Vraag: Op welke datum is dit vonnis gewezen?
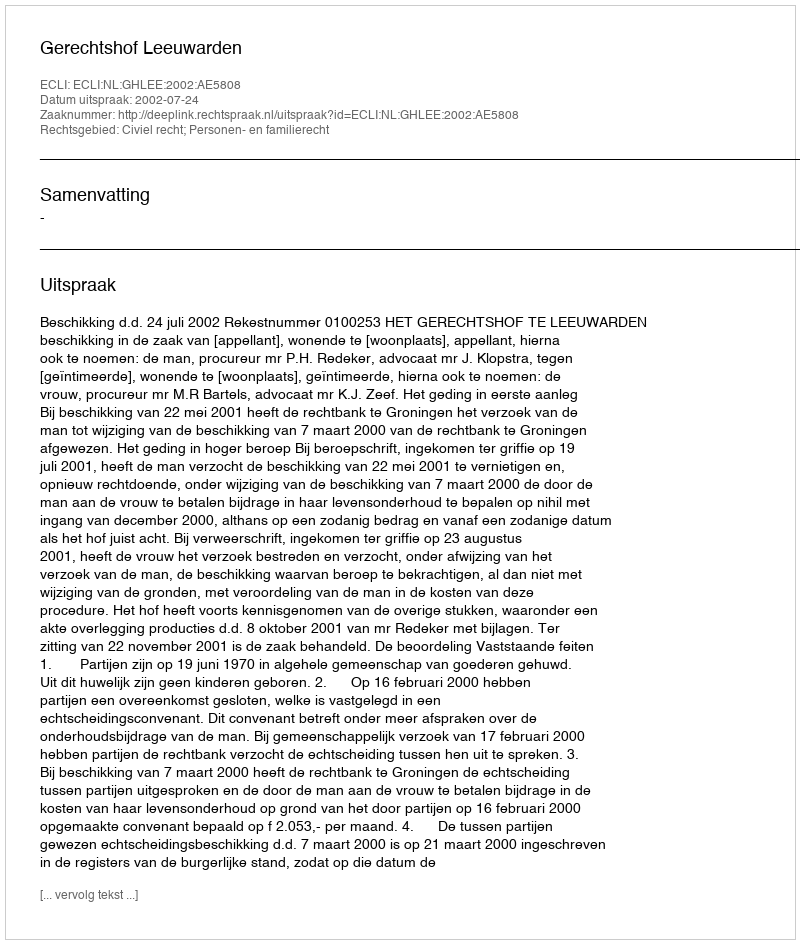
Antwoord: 2002-07-24